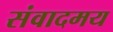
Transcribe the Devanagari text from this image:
संवादमय